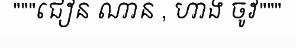
"""ជៀន ណាន , ហាង ចូវ"""